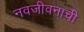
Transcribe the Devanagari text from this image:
नवजीवनाची